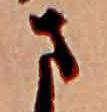
さ